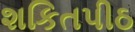
શકિતપીઠ